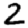
Digit: 2